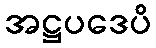
အဋ္ဌပဒေပိ